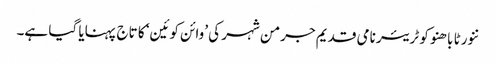
ننورٹا باھنو کو ٹریئر نامی قدیم جرمن شہر کی ’وائن کوئین‘ کا تاج پہنایا گیا ہے۔